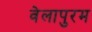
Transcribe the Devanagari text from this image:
वेलापुरम